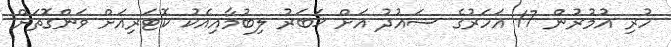
ހުރި އުމުރުން 17 އަހަރުގެ ސައުދު އަށް ޚަބަރު ލިބުމާއިއެކު ކޮޓަރިއަށް ވަންގޮތަށް